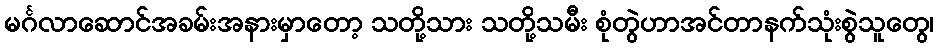
မင်္ဂလာဆောင်အခမ်းအနားမှာတော့ သတို့သား သတို့သမီး စုံတွဲဟာအင်တာနက်သုံးစွဲသူတွေ၊